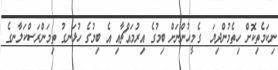
ނިކަމެތިކޮށް ހިތެމުންދިޔަ  ގެމީހުންނަށް ބިމުގެ އިރުމައްޗާއި އެ ބިމުގެ ހުޅަނގު ތިމަންރަސްކަލާނގެ